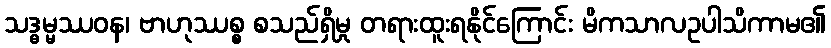
သဒ္ဓမ္မဿဝန၊ ဗာဟုဿစ္စ စသည်ရှိမှု တရားထူးရနိုင်ကြောင်း မိကသာလဥပါသိကာမ၏